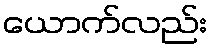
ယောက်လည်း